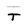
Character: T